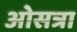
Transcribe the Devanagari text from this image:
ओसत्रा